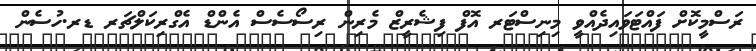
ރަސްމީކޮށް ފައްޓަވައިދެއްވީ މިނިސްޓަރ އޮފް ފިޝެރީޒް މެރިން ރިސޯސެސް އެންޑް އެގްރިކަލްޗަރ ޑރ.ހުސެން